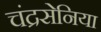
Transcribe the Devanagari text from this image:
चंद्रसेनिया